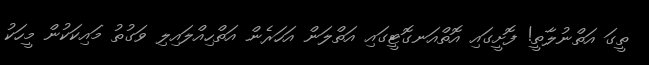
ތީގަ އަތްނުލާތީ! ފޮށީގައި އޮތްއަނގޮޓީގައި އަތްލަން އަހަރެން އަތްހިއްލައިލި ވަގުތު މައިކަކުން މީހަކު